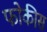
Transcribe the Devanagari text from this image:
फोकीस